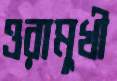
ওরামুখী